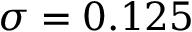
\sigma = 0 . 1 2 5